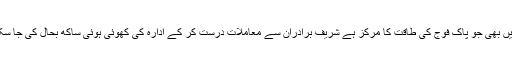
پنجاب میں بھی جو پاک فوج کی طاقت کا مرکز ہے شریف برادران سے معاملات درست کر کے ادارہ کی کھوئی ہوئی ساکھ بحال کی جا سکتی ہے ۔